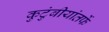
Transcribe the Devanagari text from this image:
कुटुंबीयांतर्फे